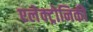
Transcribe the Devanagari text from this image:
एलेक्ट्रोनिकी